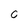
Character: C